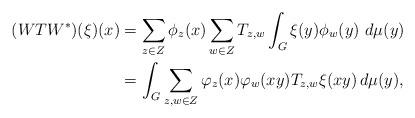
LaTeX: \begin{align*} (WTW^*)(\xi)(x) &= \sum_{z\in Z}\phi_z(x)\sum_{w\in Z}T_{z,w}\int_G \xi(y)\phi_w(y)\ d\mu(y)\\ &=\int_G \sum_{z,w \in Z} \varphi_z(x) \varphi_w(xy) T_{z,w} \xi(xy) \, d\mu(y),\end{align*}